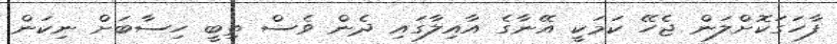
ފާހަގަކޮށްލަން ޖެހޭ ކަމަކީ އޭނާގެ އާއިލާގައި ދެން ވެސް ތިބީ ހިސާބަށް ނިކަން